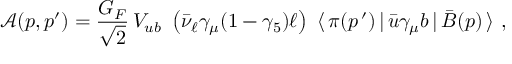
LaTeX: { \mathcal A } ( p , p ^ { \prime } ) = \frac { G _ { F } } { \sqrt { 2 } } \, V _ { u b } \ \left( \bar { \nu } _ { \ell } \gamma _ { \mu } ( 1 - \gamma _ { 5 } ) \ell \right) \ \langle \, \pi ( p ^ { \, \prime } ) \, | \, \bar { u } \gamma _ { \mu } b \, | \, \bar { B } ( p ) \, \rangle \ ,